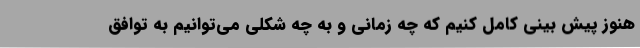
هنوز پیش بینی کامل کنیم که چه زمانی و به چه شکلی می‌توانیم به توافق